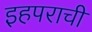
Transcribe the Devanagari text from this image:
इहपराची